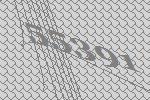
55391